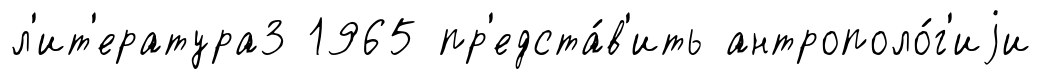
л'ит'ература3 1965 пр'едста́в'ить антрополо́г'иjи